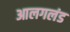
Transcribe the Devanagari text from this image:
आलगलंड